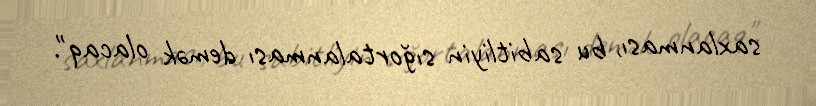
saxlanması, bu sabitliyin sığortalanması demək olacaq".